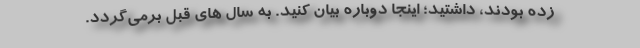
زده بودند، داشتید؛ اینجا دوباره بیان کنید. به سال های قبل برمی‌گردد.